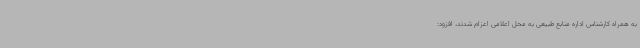
به همراه کارشناس اداره منابع طبیعی به محل اعلامی اعزام شدند، افزود: